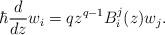
LaTeX: \begin{align*}\hbar \frac{d}{dz}w_i= qz^{q-1} B^j_i(z)w _j.\end{align*}